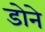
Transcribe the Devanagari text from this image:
डोने